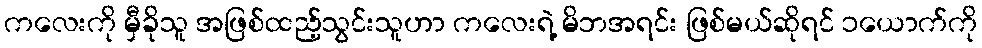
ကလေးကို မှီခိုသူ အဖြစ်ထည့်သွင်းသူဟာ ကလေးရဲ့ မိဘအရင်း ဖြစ်မယ်ဆိုရင် ၁ယောက်ကို